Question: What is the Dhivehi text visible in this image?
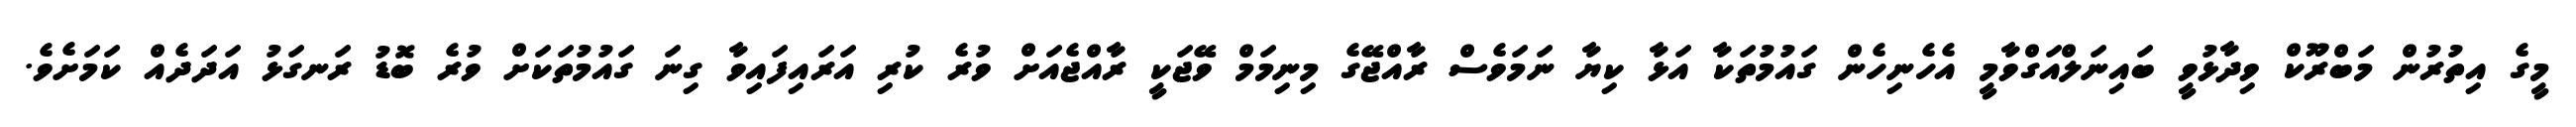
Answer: މީގެ އިތުރުން މަބްރޫކް ވިދާޅުވީ ބައިނަލްއަގްވާމީ އެހެނިހެން ގައުމުތަކާ އަޅާ ކިޔާ ނަމަވެސް ރާއްޖޭގެ މިނިމަމް ވޭޖަކީ ރާއްޖެއަށް ވުރެ ކުރި އަރައިފައިވާ ގިނަ ގައުމުތަކަށް ވުރެ ބޮޑު ރަނގަޅު އަދަދެއް ކަމަށެވެ.